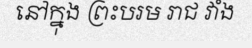
នៅក្នុង ព្រះបរម រាជ វាំង